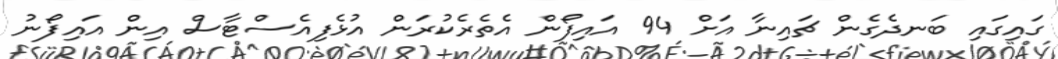
ގައިގައި ބަނދެގެން ޗައިނާ އަށް 94 އައިފޯން އެތެރެކުރަން އުޅެފިއެސްޓާސް އިން އައިފޯނު